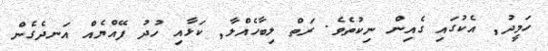
ހަމީދު